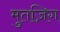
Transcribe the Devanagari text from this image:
मुतज़िग